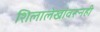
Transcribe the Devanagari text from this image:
शिलालेखांवरूनही